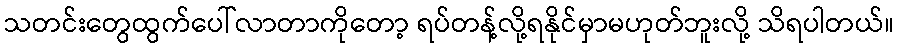
သတင်းတွေထွက်ပေါ်လာတာကိုတော့ ရပ်တန့်လို့ရနိုင်မှာမဟုတ်ဘူးလို့ သိရပါတယ်။